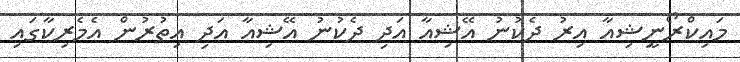
މައިކްރޯނީޝިއާ އިރު ދެކުނު އޭޝިއާ އަދި ދެކުނު އޭޝިއާ އަދި އިތުރުން އެމެރިކާގައި